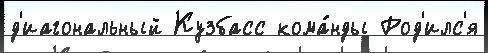
д'иагональный Кузбасс кома́нды Род'илс'я